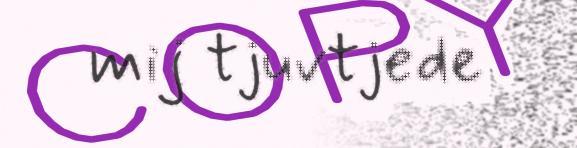
mij tjuvtjede